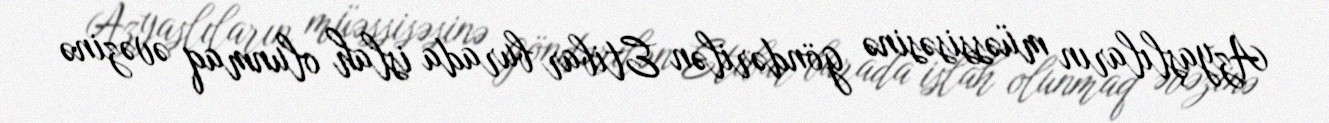
Azyaşlıların müəssisəsinə göndərilən Etibar burada islah olunmaq əvəzinə